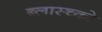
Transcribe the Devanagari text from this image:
ब्लास्च्को